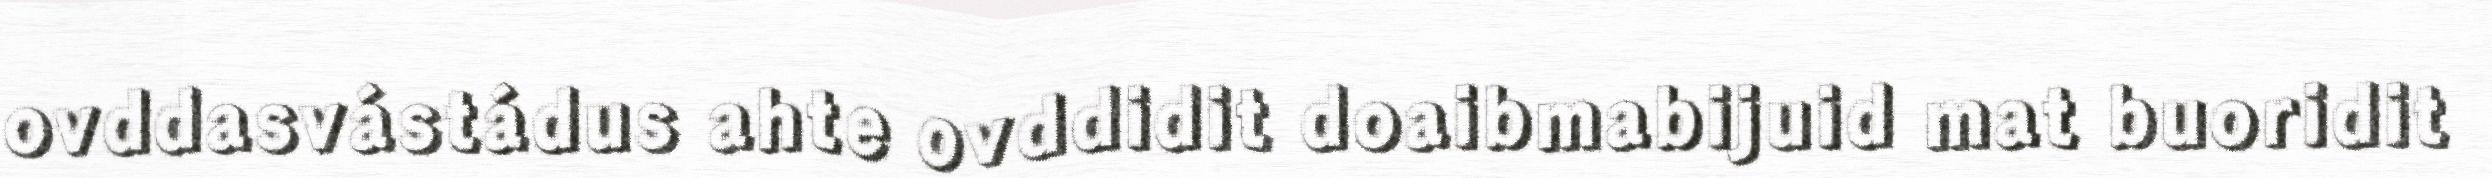
ovddasvástádus ahte ovddidit doaibmabijuid mat buoridit